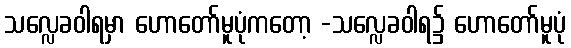
သလ္လေခဝါရမှာ ဟောတော်မူပုံကတော့ -သလ္လေခဝါရ၌ ဟောတော်မူပုံ